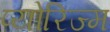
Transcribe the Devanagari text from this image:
प्योरिज्म